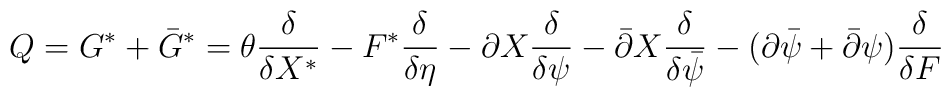
Q = G^{\ast} + \bar{G}^{\ast} = \theta{\delta \over \delta X^{\ast}} -F^{\ast}{\delta \over \delta\eta} - \partial X {\delta \over \delta\psi} -\bar{\partial}X{\delta \over \delta\bar{\psi}} - (\partial\bar{\psi} +\bar{\partial}\psi){\delta \over \delta F}